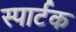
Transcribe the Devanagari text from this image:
स्पार्टक